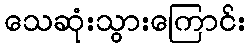
သေဆုံးသွားကြောင်း